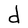
Character: d